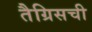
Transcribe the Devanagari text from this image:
तैग्रिसची